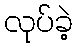
လုပ်ခဲ့